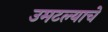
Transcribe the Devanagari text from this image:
उमटल्याचे